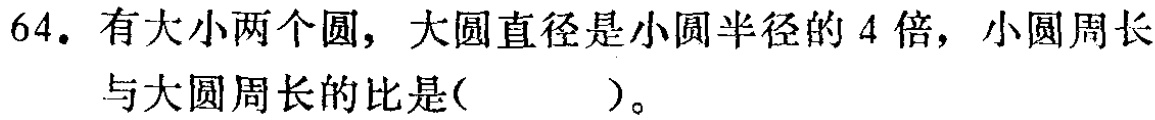
64. 有大小两个圆，大圆直径是小圆半径的 4 倍，小圆周长与大圆周长的比是( )。